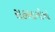
સહભાગીઓ